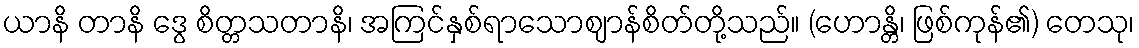
ယာနိ တာနိ ဒွေ စိတ္တသတာနိ၊ အကြင်နှစ်ရာသောဈာန်စိတ်တို့သည်။ (ဟောန္တိ၊ ဖြစ်ကုန်၏) တေသု၊